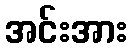
အင်းအား